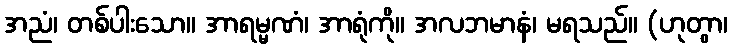
အညံ၊ တစ်ပါးသော။ အာရမ္မဏံ၊ အာရုံကို။ အလဘမာနံ၊ မရသည်။ (ဟုတွာ၊